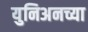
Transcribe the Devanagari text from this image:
युनिअनच्या